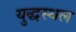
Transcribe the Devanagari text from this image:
युद्धस्‍थल